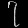
Digit: ၇